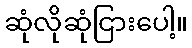
ဆုံလိုဆုံငြားပေါ့။